Statistical return of the lunatic asylum in Assam - 1912-1932
Year: 1912
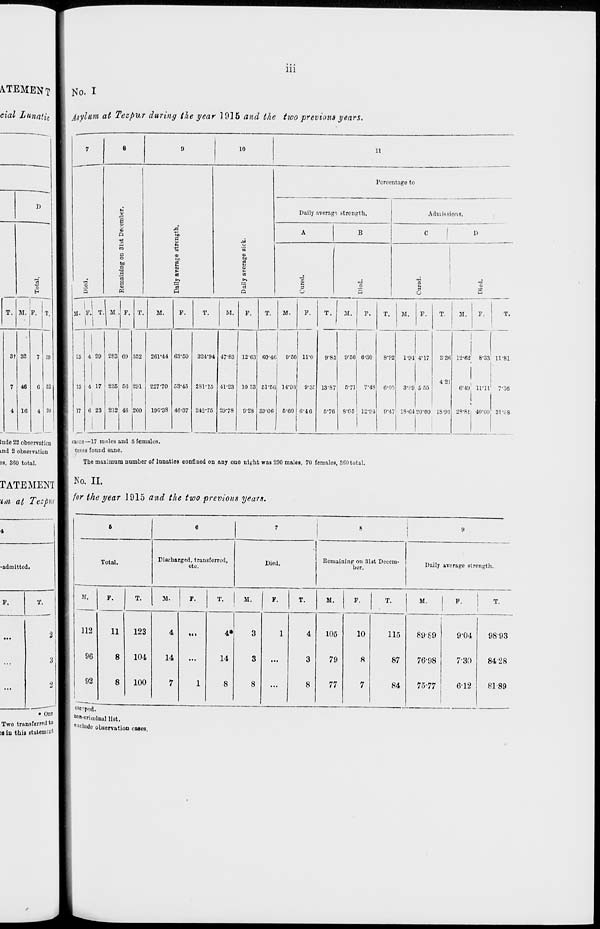
Ill
^TEMENT I No. I
eial Lunatic 1 Asylum at Tezpur during the year 1016 and the two previous years.
TATEMENT
%m at Tezpm
•admitted.
7
8
9
10
11
Pcreentago to
D
I
1
Daily average strength.
Admissions.
73
Q
a
5
i>
A
CO
a
o
ba
_o
'3
'3
a
a
M
■
to
i
■9
'3
R
'E
1
1
"5
E
o
1
H
I
A
B
C
1 D
-a
s
|
3
o
5
1
T. M. P. T. 1 JI. fJ T M F. T. M.
F.
T.
M.
F.
T.
M.
F.
T.
M.
F.
T.
M.
F.
T.
M. F.
T.
3t 32 7 39 1
25 4 29 283 69 352
20V44 63-C0
324-94 47-83 12-63 60-4( ;
9-5C 11-0
9-85 9-56 6-30
8-92
1-94 4-17
2-36 12-B2 8-33 11-81
7 46 C 62 1
13 4 17 235 CO 291 227-70 53-45 281-15 41-23 10 33 61-6( ! 14'93 0-3f. 13-87
5-71
7-4S 6-0'
3-.-9 555
421
6-49 11-11
7-36
4 16
4 in
17
1 1
C 23
j
212 48 260
ioc-33 46-37 242*75 29-78 9-28 39-06 6-60 6-46
5'76 8-05 12'94 0-4- • 18-04 '.'0-00 18-91 21-81 40-00 Slvs
lude 22 observation 1 1 tascs—17 mnles and 5females.
ind 2 observation
1
cases found sane.
38, 36 0 tot al.
Fb e ma ximu 03 111 lll'l'L r of lnnat ios con fined on any on o nigh t was 290 mall ia, 70 i emales , 360 to tal.
• One
Two transferred* 0
■ a iu thii etaUm?"'
No. II.
for the year J915 and the two previous years.
6
6
7
8
9
Total.
Discharged, transferred,
etc.
Died.
Remaining on 31st Decem-
ber.
Daily average strength.
M.
F.
T.
11.
F.
T.
M.
F.
T.
M.
F.
T.
M.
F.
T.
112
11
123
4
...
4*
3
1
4
105
10
115
89-89
9'04
98-93
96
8
104
14
...
14
3
...
3
79
8
87
76-98
7-30
8428
92
8
100
7
1
8
8
...
8
77
7
84
75-77
6-12
8189
Moiped.,
"on-criminal list.
eH 'ludo observation cases